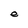
Character: e